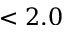
< 2 . 0